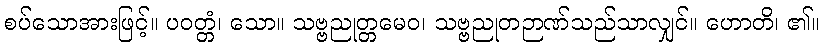
စပ်သောအားဖြင့်။ ပဝတ္တံ၊ သော။ သဗ္ဗညုတ္တမေဝ၊ သဗ္ဗညုတဉာဏ်သည်သာလျှင်။ ဟောတိ၊ ၏။